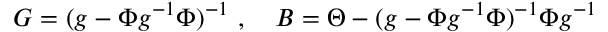
G = ( g - \Phi g ^ { - 1 } \Phi ) ^ { - 1 } \ , \quad B = \Theta - ( g - \Phi g ^ { - 1 } \Phi ) ^ { - 1 } \Phi g ^ { - 1 }